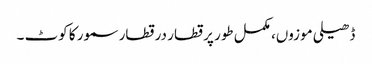
ڈھیلی موزوں، مکمل طور پر قطار در قطار سمور کا کوٹ ۔